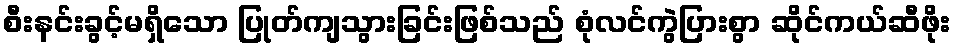
စီးနင်းခွင့်မရှိသော ပြုတ်ကျသွားခြင်းဖြစ်သည် စုံလင်ကွဲပြားစွာ ဆိုင်ကယ်ဆီဖိုး